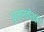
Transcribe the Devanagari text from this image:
धूम्रकेशका